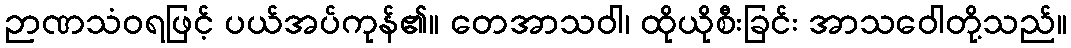
ဉာဏသံဝရဖြင့် ပယ်အပ်ကုန်၏။ တေအာသဝါ၊ ထိုယိုစီးခြင်း အာသဝေါတို့သည်။